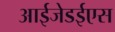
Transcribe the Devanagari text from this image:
आईजेडईएस